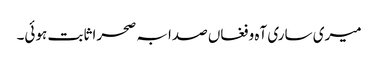
میری ساری آہ و فغاں صدا بہ صحرا ثابت ہوئی۔